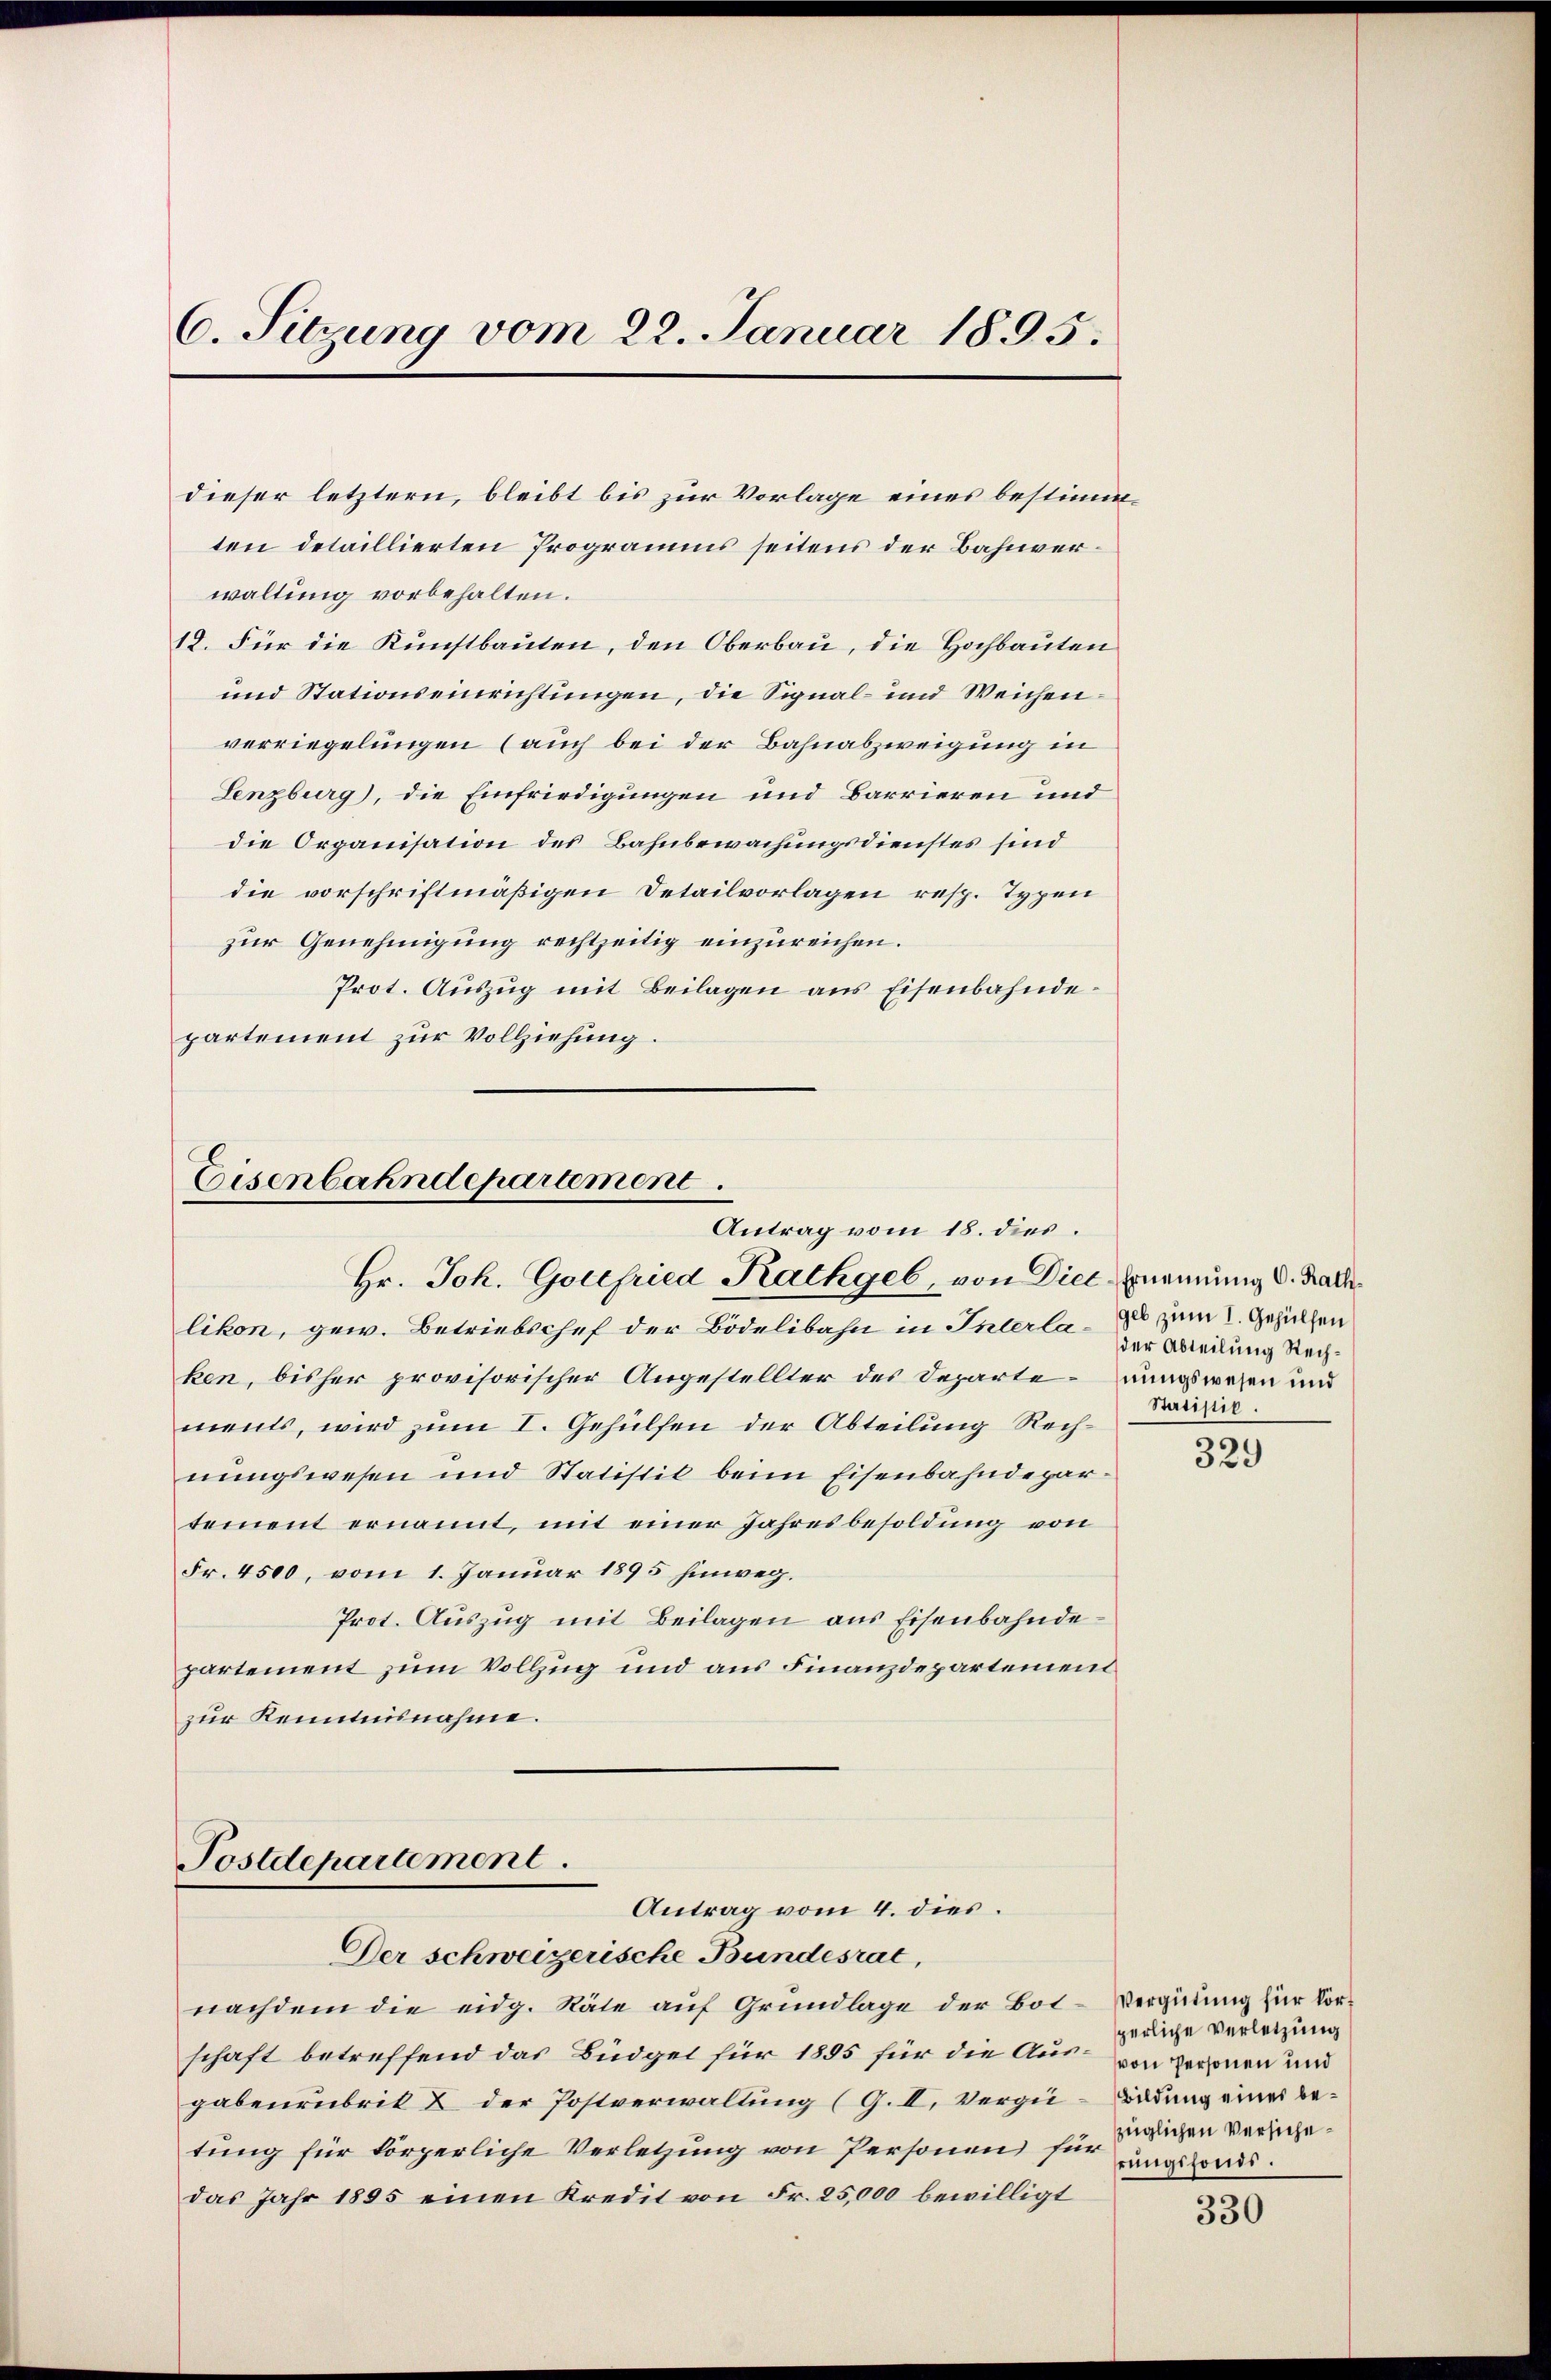
6. Sitzung vom 22. Januar 1895.

dieser letztern, bleibt bis zur Vorlage eines bestimmten detaillierten Programms seitens der Bahnverwaltung vorbehalten.
18. Für die Kunstbauten, den Oberbau, die Hochbauten
und Stationseinrichtungen, die Signal- und Weichenverriegelungen (auch bei der Bahnabzweigung in
Lenzburg), die Einfriedigungen und Barrieren und
die Organisation des Bahnbewachungsdienstes sind
die vorschriftmäßigen Detailvorlagen resp. Typen
zur Genehmigung rechtzeitig einzureichen.
Prot. Auszug mit Beilagen aus Eisenbahndepartement zur Vollziehung.

Eisenbahndepartement.
Antrag vom 18. dies
Hr. Joh. Gottfried Rathgeb, von Die Ernennung d. Rall

likon, gew. Betriebschef der Bödelibahn in Interlaken, bisher provisorischer Angestellter des Departerungswesen und
ments, wird zum I. Gehülfen der Abteilung Rechnungswesen und Statistik beim Eisenbahndepartement ernannt, mit einer Jahresbesoldung von
Fr. 4500, vom 1. Januar 1895 hinweg.
Prot. Auszug mit Beilagen aus Eisenbahndepartement zum Vollzug und aus Finanzdepartement
zur Kenntnisnahme.

Postdepartement.
Antrag vom 4. dies.

Der schweizerische Bundesrat,
nachdem die eidg. Räte auf Grundlage der Bot-Vergütung für Vorschaft betreffend das Büdget für 1895 für die Aus- von Personen und
gabenrubrik & der Postverwaltung (G. II. Vergi-Birdung einer betung für körperliche Verletzung von Personen für
das Jahr 1895 einen Kredit von Fr. 25,000 bewilligt

geb zum I. Gehülfen
der Abteilung Rech¬
Statistik.

329

perliche Verletzung
züglichen Versicherungsfonds.

s
530